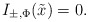
\begin{align*}I_{\pm,\Phi}(\tilde x)=0.\end{align*}